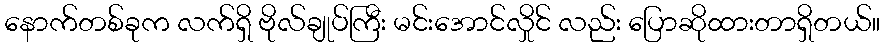
နောက်တစ်ခုက လက်ရှိ ဗိုလ်ချုပ်ကြီး မင်းအောင်လှိုင် လည်း ပြောဆိုထားတာရှိတယ်။